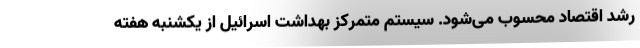
رشد اقتصاد محسوب می‌شود. سیستم متمرکز بهداشت اسرائیل از یکشنبه هفته